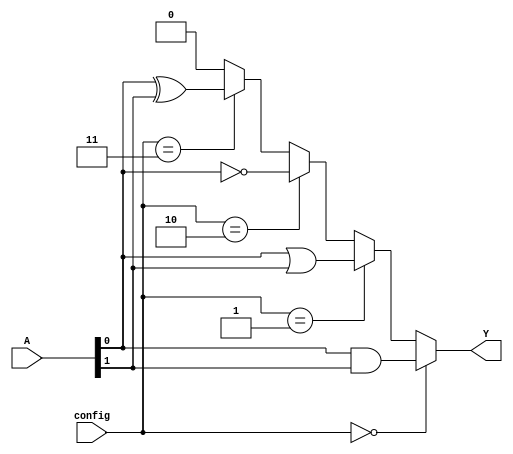
module CLB (
    input wire [2:0] A,        // 3-bit input
    input wire [2:0] config,   // Configuration bits to select logic function
    output wire Y              // Output
);

// Internal signals
wire and_out, or_out, not_out, xor_out;

// Logic Functions
assign and_out = A[0] & A[1]; // AND function
assign or_out  = A[0] | A[1]; // OR function
assign not_out = ~A[0];       // NOT function
assign xor_out = A[0] ^ A[1]; // XOR function

// Multiplexer to select output based on configuration
assign Y = (config == 3'b000) ? and_out : // AND
           (config == 3'b001) ? or_out :  // OR
           (config == 3'b010) ? not_out : // NOT
           (config == 3'b011) ? xor_out : // XOR
           1'b0; // Default case, can be modified to other functions

endmodule